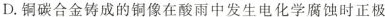
D.铜碳合金铸成的铜像在酸雨中发生电化学腐蚀时正极